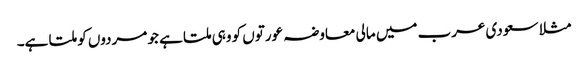
مثلا سعودی عرب میں مالی معاوضہ عورتوں کو وہی ملتا ہے جو مردوں کو ملتا ہے۔